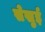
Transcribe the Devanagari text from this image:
सेखुई